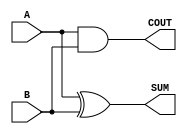
module Parameterized_Half_Adder #(
    parameter WIDTH = 1  // Default width is set to 1
)(
    input  [WIDTH-1:0] A,   // First operand
    input  [WIDTH-1:0] B,   // Second operand
    output [WIDTH-1:0] SUM,  // Sum output
    output COUT              // Carry-out output
);

    // Generate the SUM and COUT outputs
    assign SUM = A ^ B;      // Bitwise XOR for sum
    assign COUT = |(A & B);  // Bitwise AND for carry-out, OR to determine if any carry exists

endmodule